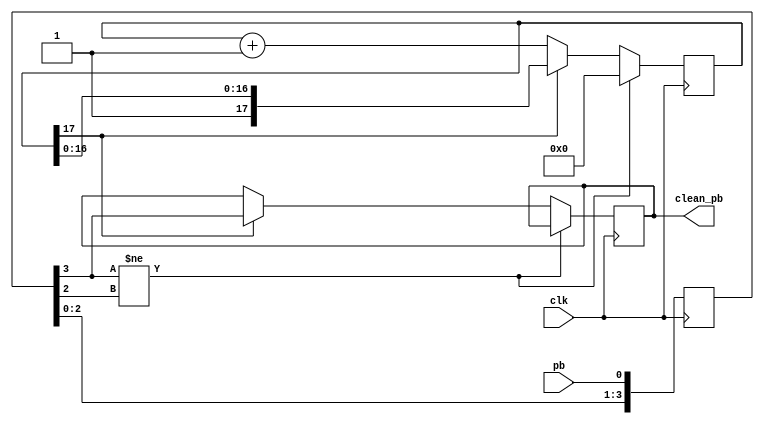
// This program was cloned from: https://github.com/n1gp/Anvelina_PROIII
// License: GNU General Public License v3.0

// Push Button debounce routine
// Found on the Internet, author unknown
// used to debounce a switch or push button.
// Input is pb and outout clean_pb.
// Button must be stable for debounce time before state changes,
// debounce time is dependent on clk and counter_bits

// eg with clock = 12.288MHz and counter_bits = 17 stable time is 

//  (10^-6/12.288) * 2^17 = 11mS

//  Phil Harman VK6APH 15th February 2006

module debounce(clean_pb, pb, clk);
	
	output clean_pb;
	input pb, clk;
	
parameter counter_bits = 17;

reg [counter_bits:0] count;
reg [3:0] pb_history;
reg clean_pb;

always @ (posedge clk)
begin
	pb_history <= {pb_history[2:0], pb};
	
	if (pb_history[3] != pb_history[2])
		count <= 1'b0;
	else if(count[counter_bits])
		clean_pb <= pb_history[3];
	else
		count <= count + 1'b1;
end 
endmodule